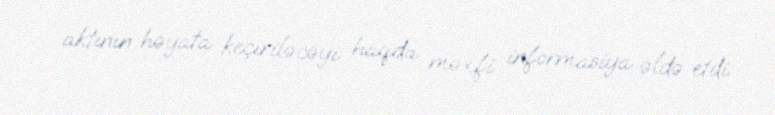
aktının həyata keçiriləcəyi haqda məxfi informasiya əldə etdi.